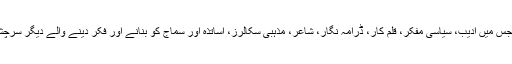
یہاں ناکامی ان دانشور طبقات کی ہوئی ہے جس میں ادیب، سیاسی مفکر، قلم کار، ڈرامہ نگار، شاعر، مذہبی سکالرز، اساتذہ اور سماج کو بنانے اور فکر دینے والے دیگر سرچشمے بند ہوگئے یا گندا پانی اگلنے لگے ہیں۔